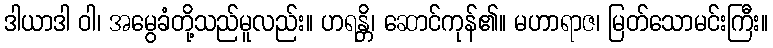
ဒါယာဒါ ဝါ၊ အမွေခံတို့သည်မူလည်း။ ဟရန္တိ၊ ဆောင်ကုန်၏။ မဟာရာဇ၊ မြတ်သောမင်းကြီး။